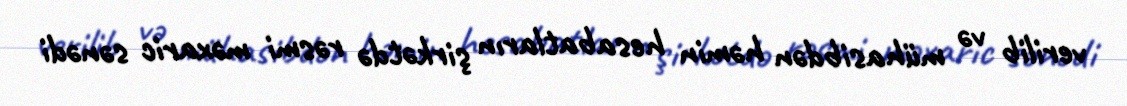
verilib və mühasibdən həmin hesabatların şirkətdə rəsmi məxaric sənədi